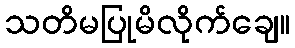
သတိမပြုမိလိုက်ချေ။